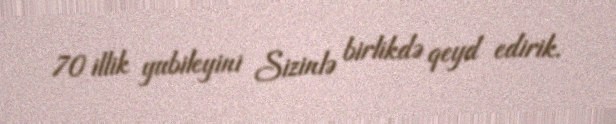
70 illik yubileyini Sizinlə birlikdə qeyd edirik.